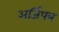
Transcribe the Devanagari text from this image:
अर्जिपत्र